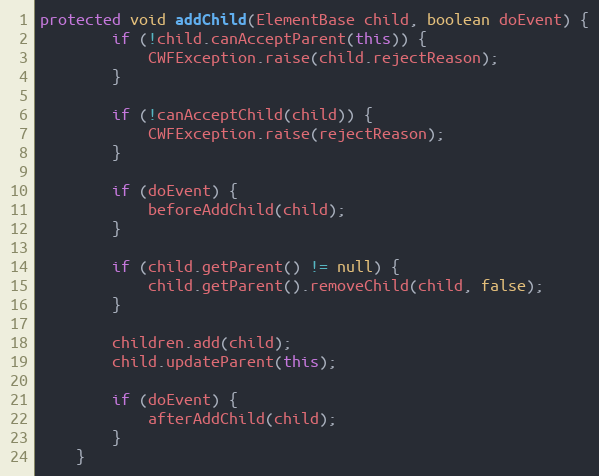
Language: Java
protected void addChild(ElementBase child, boolean doEvent) {
        if (!child.canAcceptParent(this)) {
            CWFException.raise(child.rejectReason);
        }

        if (!canAcceptChild(child)) {
            CWFException.raise(rejectReason);
        }

        if (doEvent) {
            beforeAddChild(child);
        }

        if (child.getParent() != null) {
            child.getParent().removeChild(child, false);
        }

        children.add(child);
        child.updateParent(this);

        if (doEvent) {
            afterAddChild(child);
        }
    }